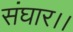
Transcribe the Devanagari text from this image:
संघार।।